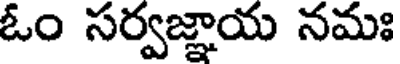
ఓం సర్వజ్ఞాయ నమః